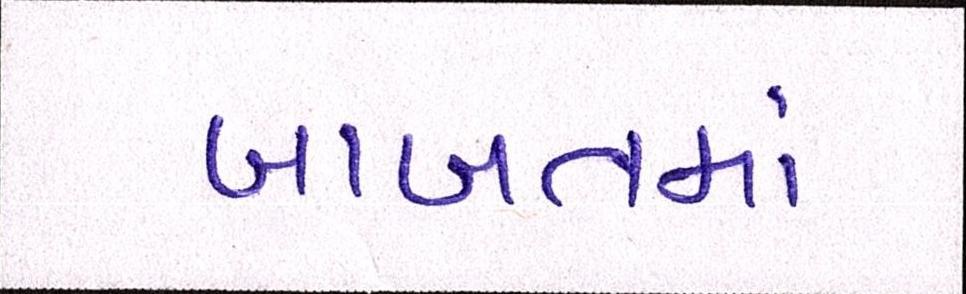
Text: બાબતમાં